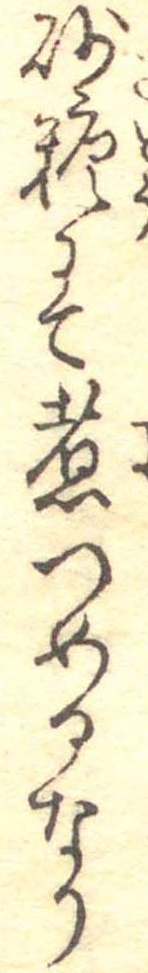
砂糖にて煮つめるなり